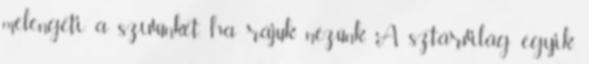
melengeti a szívünket, ha rájuk nézünk. A sztárvilág egyik